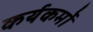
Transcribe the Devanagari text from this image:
कर्यकर्मो